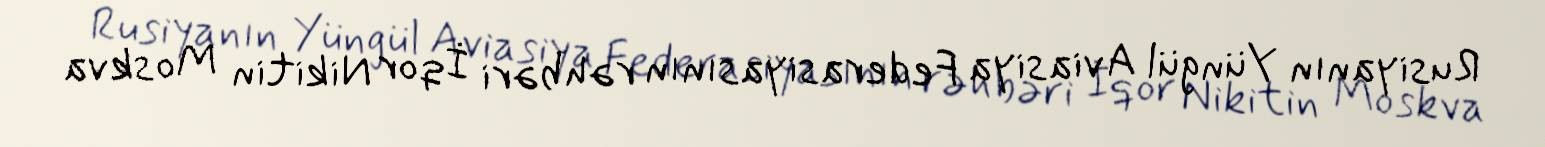
Rusiyanın Yüngül Aviasiya Federasiyasının rəhbəri İqor Nikitin Moskva